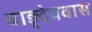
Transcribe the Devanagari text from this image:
वाङ्देववास